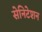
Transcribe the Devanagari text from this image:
सेनिटेशन